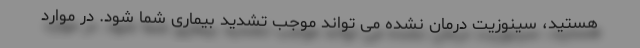
هستید، سینوزیت درمان نشده می تواند موجب تشدید بیماری شما شود. در موارد